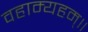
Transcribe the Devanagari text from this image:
वहाम्यहम्॥